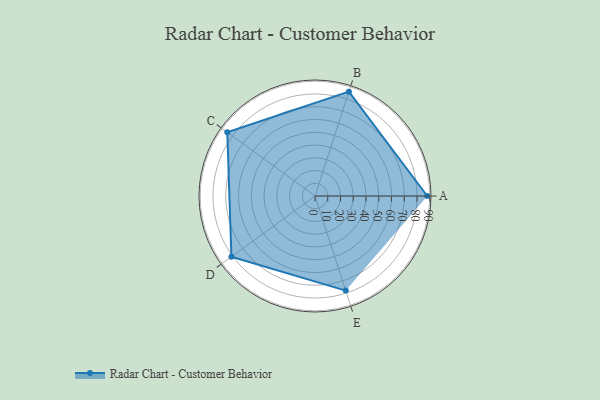
{"axis": {"x": "Skill", "y": "Score"}, "legend": ["Profile"], "data": [{"x": "A", "y": 88.0, "type": "Profile"}, {"x": "B", "y": 86.0, "type": "Profile"}, {"x": "C", "y": 85.0, "type": "Profile"}, {"x": "D", "y": 81.0, "type": "Profile"}, {"x": "E", "y": 78.0, "type": "Profile"}]}